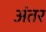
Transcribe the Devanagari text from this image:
अंंतर